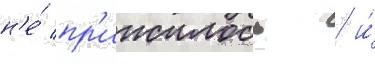
н'е́ пр'ижилось / и́